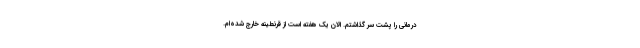
درمانی را پشت سر گذاشتم. الان یک هفته است از قرنطینه خارج شده‌ام.